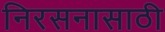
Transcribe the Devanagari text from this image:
निरसनासाठी